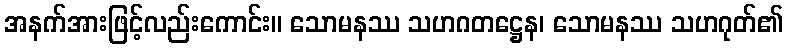
အနက်အားဖြင့်လည်းကောင်း။ သောမနဿ သဟဂတဋ္ဌေန၊ သောမနဿ သဟဂုတ်၏